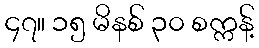
၄၇။ ၁၅ မိနစ် ၃၀ စက္ကန့်